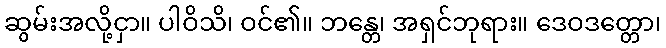
ဆွမ်းအလို့ငှာ။ ပါဝိသိ၊ ဝင်၏။ ဘန္တေ၊ အရှင်ဘုရား။ ဒေဝဒတ္တော၊